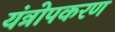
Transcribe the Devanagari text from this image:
यंत्रोपकरण